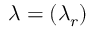
{ \boldsymbol { \lambda } } = ( \lambda _ { r } )